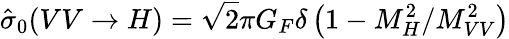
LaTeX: \hat{\sigma}_{0}(VV\to H)=\sqrt{2}\pi G_{F}\delta\left(1-M_{H}^{2}/M_{VV}^{2}\right)